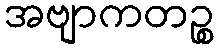
အဗျာကတဉ္စ